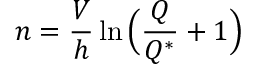
n = \frac { V } { h } \ln \Big ( \frac { Q } { Q ^ { * } } + 1 \Big )